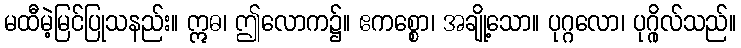
မထီမဲ့မြင်ပြုသနည်း။ ဣဓ၊ ဤလောက၌။ ဧကစ္စော၊ အချို့သော။ ပုဂ္ဂလော၊ ပုဂ္ဂိုလ်သည်။